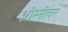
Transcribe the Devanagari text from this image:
ओम्नीचर